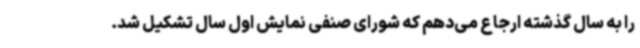
را به سال گذشته ارجاع می‌دهم که شورای صنفی نمایش اول سال تشکیل شد.